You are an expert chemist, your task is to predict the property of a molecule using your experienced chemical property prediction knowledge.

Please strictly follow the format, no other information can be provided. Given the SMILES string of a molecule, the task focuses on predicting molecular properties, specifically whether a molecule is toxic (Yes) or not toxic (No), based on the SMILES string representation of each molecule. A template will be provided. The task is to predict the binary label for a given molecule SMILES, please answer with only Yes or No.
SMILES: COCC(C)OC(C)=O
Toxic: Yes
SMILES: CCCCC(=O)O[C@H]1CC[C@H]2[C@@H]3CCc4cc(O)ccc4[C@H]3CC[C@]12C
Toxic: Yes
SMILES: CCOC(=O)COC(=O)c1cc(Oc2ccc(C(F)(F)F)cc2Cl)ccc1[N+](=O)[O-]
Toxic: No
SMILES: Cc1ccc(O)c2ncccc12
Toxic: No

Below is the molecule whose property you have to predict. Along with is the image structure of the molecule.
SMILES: O=C(O)c1ccc(-n2nc(-c3ccccc3O)nc2-c2ccccc2O)cc1
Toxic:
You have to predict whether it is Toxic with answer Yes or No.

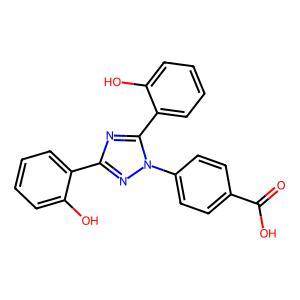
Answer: No